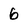
Character: 6